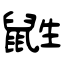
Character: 鼪